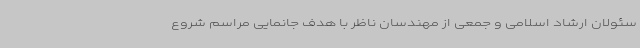
سئولان ارشاد اسلامی و جمعی از مهندسان ناظر با هدف جانمایی مراسم شروع